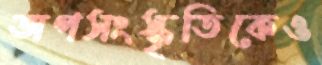
অপসংস্কৃতিকেও